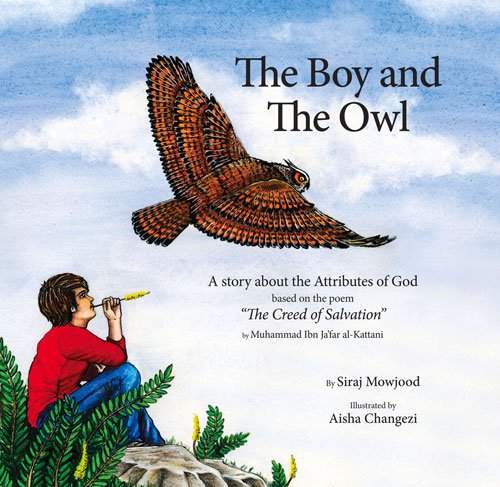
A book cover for The Boy and the Owl: A Story About the Attributes of God Based on the Poem "The Creed of Salvation"; Siraj Mowjood; Children's Books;